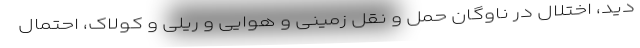
دید، اختلال در ناوگان حمل و نقل زمینی و هوایی و ریلی و کولاک، احتمال